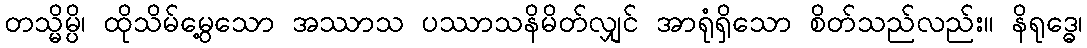
တသ္မိမ္ပိ၊ ထိုသိမ်မွေ့သော အဿာသ ပဿာသနိမိတ်လျှင် အာရုံရှိသော စိတ်သည်လည်း။ နိရုဒ္ဓေ၊